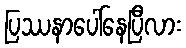
ပြဿနာပေါ်နေပြီလား